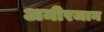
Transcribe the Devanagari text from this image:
अमीरजान